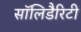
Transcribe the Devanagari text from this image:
सॉलिडैरिटी